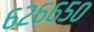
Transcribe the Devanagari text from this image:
६२६६५०